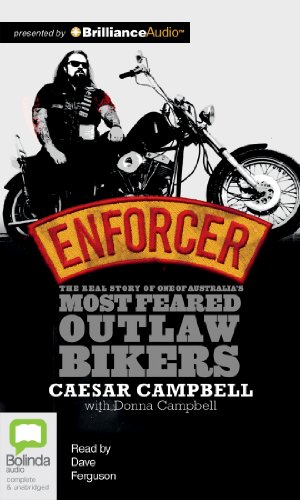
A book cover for Enforcer: The Real Story of one of Australia's Most Feared Outlaw Bikers; Caesar Campbell; Biographies & Memoirs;